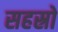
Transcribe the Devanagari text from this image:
सहस्रो